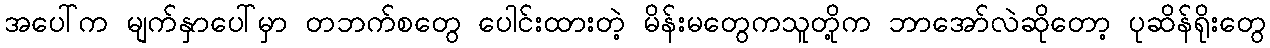
အပေါ်က မျက်နှာပေါ်မှာ တဘက်စတွေ ပေါင်းထားတဲ့ မိန်းမတွေကသူတို့က ဘာအော်လဲဆိုတော့ ပုဆိန်ရိုးတွေ